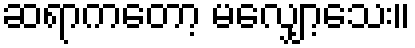
ဆရာကတော့ မလျှော့သေး။